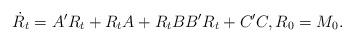
LaTeX: \begin{align*}\dot R_t& = A' R_t + R_t A + R_t B B' R_t + C'C, R_0 = M_0.\end{align*}